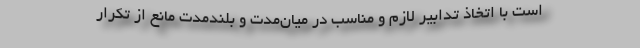
است با اتخاذ تدابیر لازم و مناسب در میان‌مدت و بلندمدت مانع از تکرار